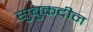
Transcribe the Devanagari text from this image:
सुबुकदीन